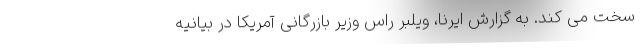
سخت می کند. به گزارش ایرنا، ویلبر راس وزیر بازرگانی آمریکا در بیانیه